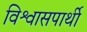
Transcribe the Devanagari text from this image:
विश्वासपार्थी